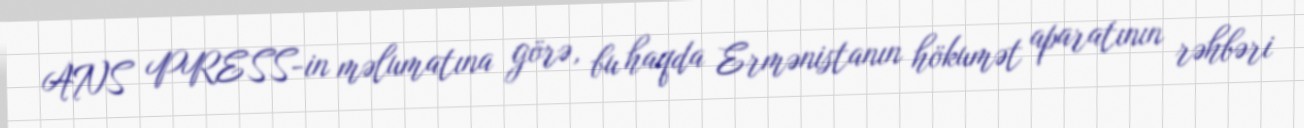
ANS PRESS-in məlumatına görə, bu haqda Ermənistanın hökumət aparatının rəhbəri